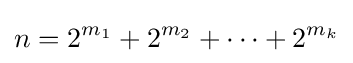
n=2^{m_{1}}+2^{m_{2}}+\cdots +2^{m_{k}}